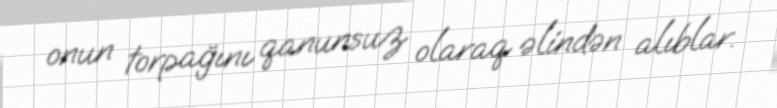
onun torpağını qanunsuz olaraq əlindən alıblar.